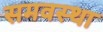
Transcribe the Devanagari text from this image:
समवस्था